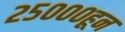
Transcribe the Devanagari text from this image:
२५०००हून